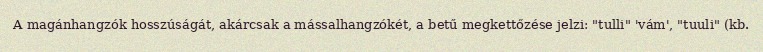
A magánhangzók hosszúságát, akárcsak a mássalhangzókét, a betű megkettőzése jelzi: "tulli" 'vám', "tuuli" (kb.